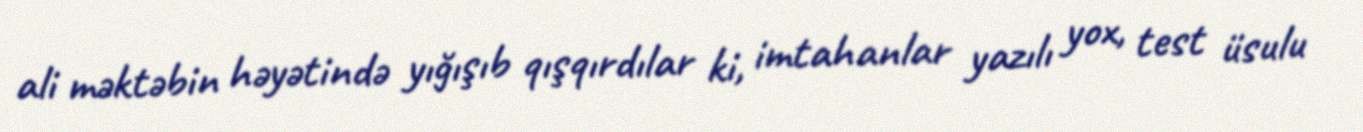
ali məktəbin həyətində yığışıb qışqırdılar ki, imtahanlar yazılı yox, test üsulu